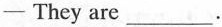
—They are ___.